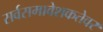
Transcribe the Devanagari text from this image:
सर्वसमावेशकतेवर